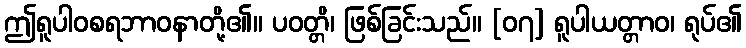
ဤရူပါဝစရဘာဝနာတို့၏။ ပဝတ္တိ၊ ဖြစ်ခြင်းသည်။ [၀၇] ရူပါယတ္တာဝ၊ ရုပ်၏